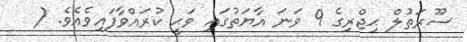
ސޫރަތުލް ޙިޖްރިގެ 9 ވަނަ އާޔަތުގައި ވަޙީ ކުރައްވާފައިވެއެވެ. (